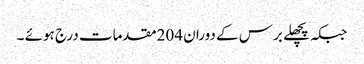
جبکہ پچھلے برس کے دوران 204مقدمات درج ہوئے ۔